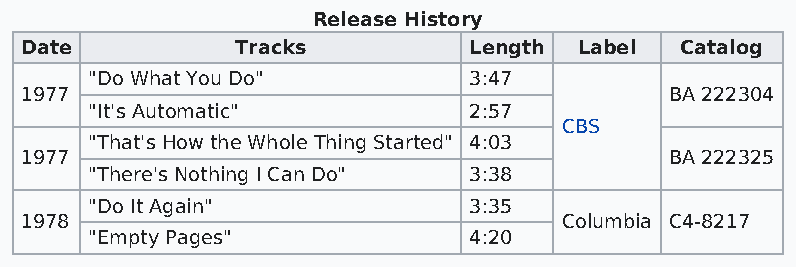
Release History
 Date           Tracks         Length Label  Catalog
 "Do What You Do"         3:47
 1977                                       BA 222304
 "It's Automatic"         2:57
 CBS
 "That's How the Whole Thing Started" 4:03
 1977                                       BA 222325
 "There's Nothing I Can Do" 3:38
 "Do It Again"            3:35
 1978                                Columbia C4-8217
 "Empty Pages"            4:20